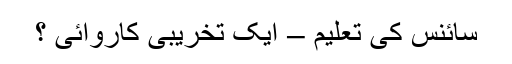
سائنس کی تعلیم – ایک تخریبی کاروائی ؟